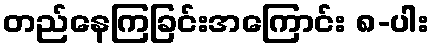
တည်နေကြခြင်းအကြောင်း ၈-ပါး